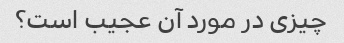
چیزی در مورد آن عجیب است؟